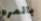
بالمره